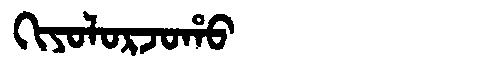
Manchu: ᡴᡳᠶᠣᠯᠣᡵᠵᠣᡥᠣ
Romanization: KIYOLORJOHO